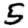
Digit: 5